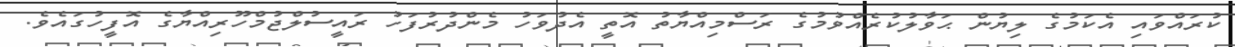
ކުރައްވައި އެކަމުގެ ލިޔުން ޙަވާލުކުރެއްވުމުގެ ރަސްމިއްޔާތު އޮތީ އެދުވަހު މެންދުރުފަހު ރައީސުލްޖުމްހޫރިއްޔާގެ އޮފީހުގައެވެ.